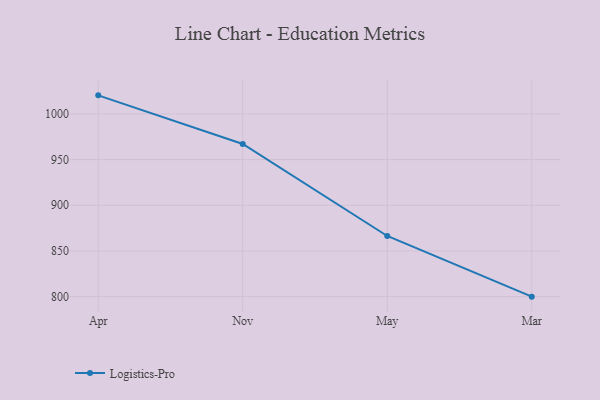
{"axis": {"x": "Month", "y": "Gross Profit (USD K)"}, "legend": ["Logistics-Pro"], "data": [{"x": "Apr", "y": 1020.3, "type": "Logistics-Pro"}, {"x": "Nov", "y": 967.1, "type": "Logistics-Pro"}, {"x": "May", "y": 866.4, "type": "Logistics-Pro"}, {"x": "Mar", "y": 800, "type": "Logistics-Pro"}]}